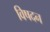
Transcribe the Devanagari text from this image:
विषदन